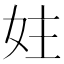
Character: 妵